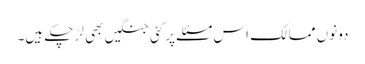
دونوں ممالک اس مسئلے پر کئی جنگیں بھی لڑ چکے ہیں۔